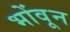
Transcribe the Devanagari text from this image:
भोंवून